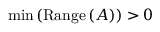
\operatorname* { m i n } \left( \mathrm { R a n g e } \left( A \right) \right) > 0